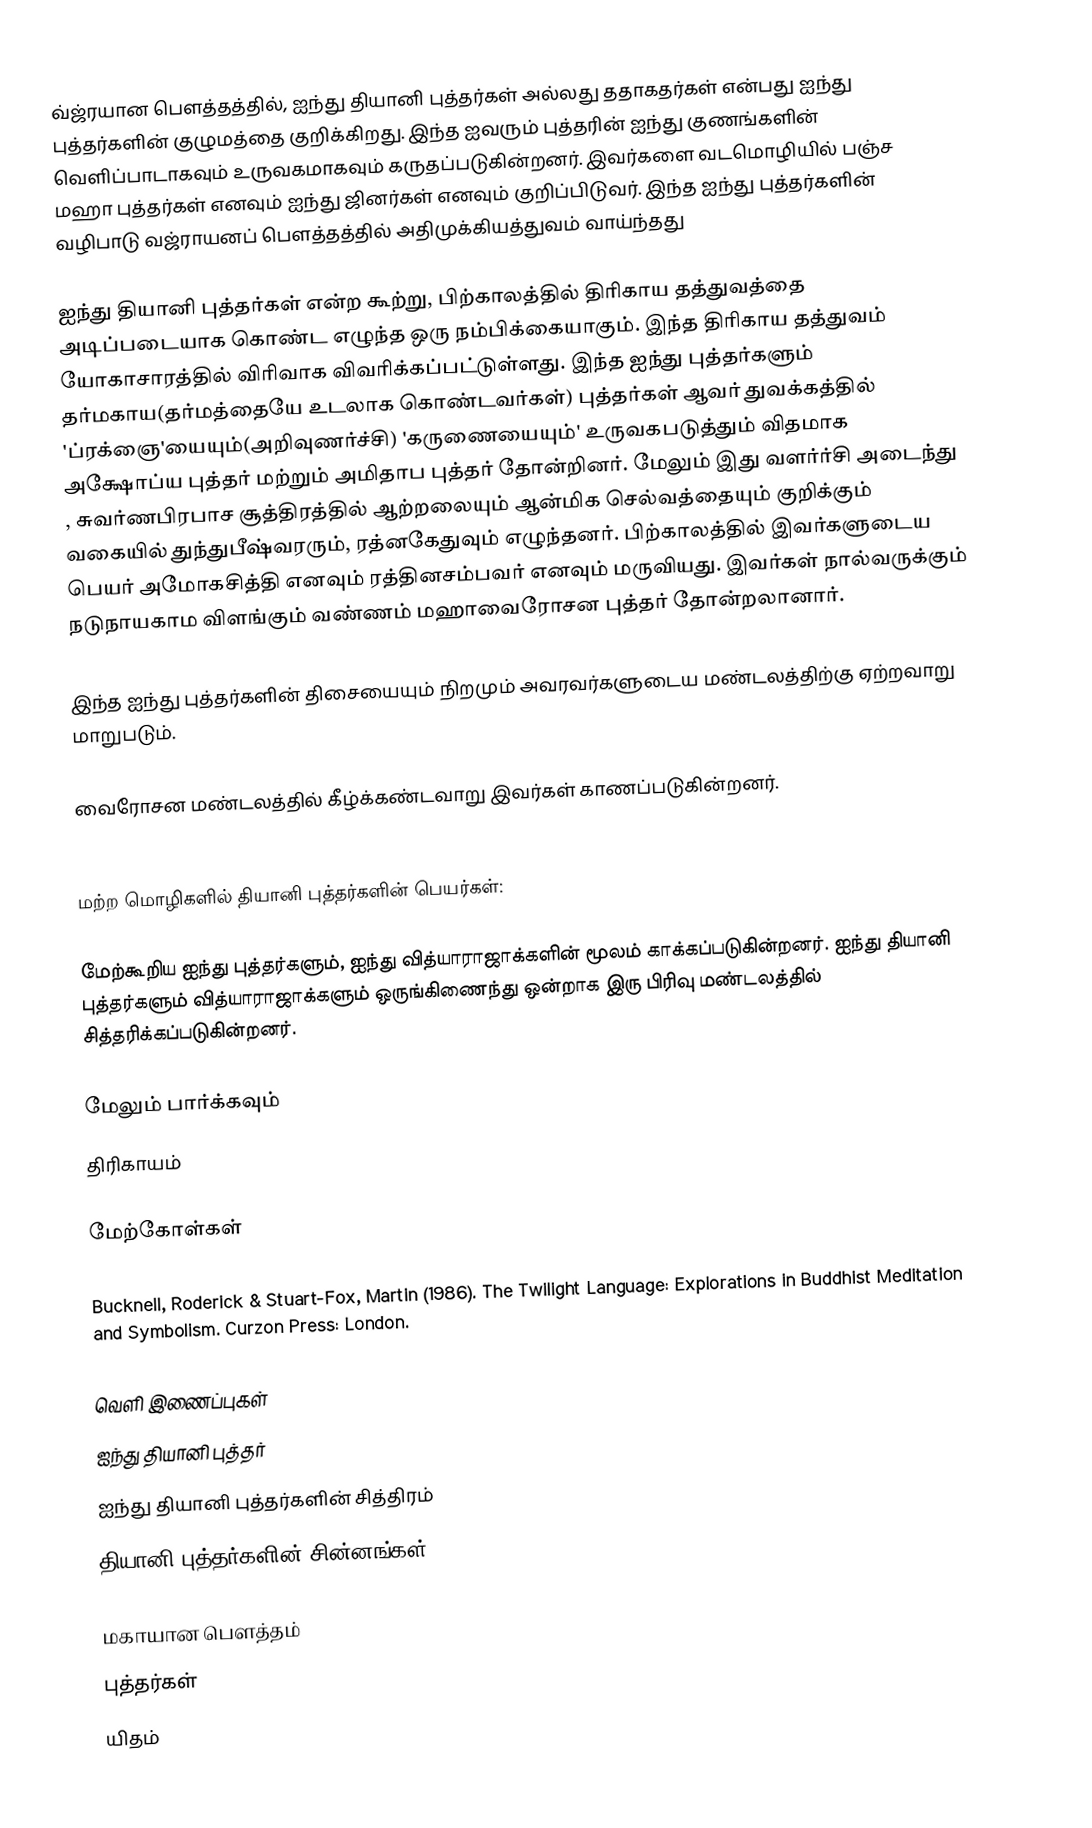
வ்ஜ்ரயான பௌத்தத்தில், ஐந்து தியானி புத்தர்கள் அல்லது ததாகதர்கள் என்பது ஐந்து புத்தர்களின் குழுமத்தை குறிக்கிறது. இந்த ஐவரும் புத்தரின் ஐந்து குணங்களின் வெளிப்பாடாகவும் உருவகமாகவும் கருதப்படுகின்றனர். இவர்களை வடமொழியில் பஞ்ச மஹா புத்தர்கள் எனவும் ஐந்து ஜினர்கள் எனவும் குறிப்பிடுவர். இந்த ஐந்து புத்தர்களின் வழிபாடு வஜ்ராயனப் பௌத்தத்தில் அதிமுக்கியத்துவம் வாய்ந்தது

ஐந்து தியானி புத்தர்கள் என்ற கூற்று, பிற்காலத்தில் திரிகாய தத்துவத்தை அடிப்படையாக கொண்ட எழுந்த ஒரு நம்பிக்கையாகும். இந்த திரிகாய தத்துவம் யோகாசாரத்தில் விரிவாக விவரிக்கப்பட்டுள்ளது. இந்த ஐந்து புத்தர்களும் தர்மகாய(தர்மத்தையே உடலாக கொண்டவர்கள்) புத்தர்கள் ஆவர் துவக்கத்தில் 'ப்ரக்ஞை'யையும்(அறிவுணர்ச்சி) 'கருணையையும்' உருவகபடுத்தும் விதமாக அக்ஷோப்ய புத்தர் மற்றும் அமிதாப புத்தர் தோன்றினர். மேலும் இது வளர்ர்சி அடைந்து , சுவர்ணபிரபாச சூத்திரத்தில் ஆற்றலையும் ஆன்மிக செல்வத்தையும் குறிக்கும் வகையில் துந்துபீஷ்வரரும், ரத்னகேதுவும் எழுந்தனர். பிற்காலத்தில் இவர்களுடைய பெயர் அமோகசித்தி எனவும் ரத்தினசம்பவர் எனவும் மருவியது. இவர்கள் நால்வருக்கும் நடுநாயகாம விளங்கும் வண்ணம் மஹாவைரோசன புத்தர் தோன்றலானார்.

இந்த ஐந்து புத்தர்களின் திசையையும் நிறமும் அவரவர்களுடைய மண்டலத்திற்கு ஏற்றவாறு மாறுபடும்.

வைரோசன மண்டலத்தில் கீழ்க்கண்டவாறு இவர்கள் காணப்படுகின்றனர்.

மற்ற மொழிகளில் தியானி புத்தர்களின் பெயர்கள்:

மேற்கூறிய ஐந்து புத்தர்களும், ஐந்து வித்யாராஜாக்களின் மூலம் காக்கப்படுகின்றனர். ஐந்து தியானி புத்தர்களும் வித்யாராஜாக்களும் ஒருங்கிணைந்து ஒன்றாக இரு பிரிவு மண்டலத்தில் சித்தரிக்கப்படுகின்றனர்.

மேலும் பார்க்கவும்
 திரிகாயம்

மேற்கோள்கள்

 Bucknell, Roderick & Stuart-Fox, Martin (1986). The Twilight Language: Explorations in Buddhist Meditation and Symbolism. Curzon Press: London.

வெளி இணைப்புகள்
 ஐந்து தியானி புத்தர்
 ஐந்து தியானி புத்தர்களின் சித்திரம்
 தியானி புத்தர்களின் சின்னங்கள்

மகாயான பௌத்தம்
புத்தர்கள்
யிதம்